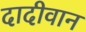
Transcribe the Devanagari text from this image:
दादीवान